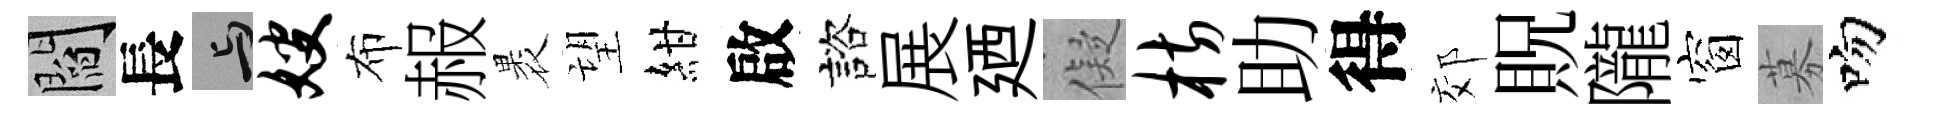
閻長与嫂布赧褁望紺啟諮展廼儗枋助得郊貺隴窗募吻